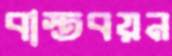
বাস্তবয়ন